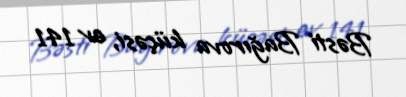
Bəsti Bağırova küçəsi, ev 141